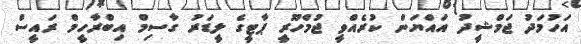
އަހުމަދު ޖަމްޝީދު އައްޔަން ކުރެއްވީ ޖުމްހޫރީ ޕާޓީގެ ލީޑަރު ގާސިމް އިބްރާހީމް ރައީސް